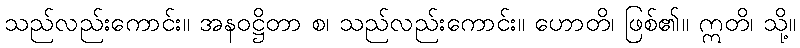
သည်လည်းကောင်း။ အနဝဋ္ဌိတာ စ၊ သည်လည်းကောင်း။ ဟောတိ၊ ဖြစ်၏။ ဣတိ၊ သို့။